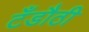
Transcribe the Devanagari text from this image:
टँडौठी